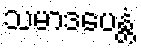
သမာဒပေန္တံ